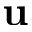
\mathbf { u }